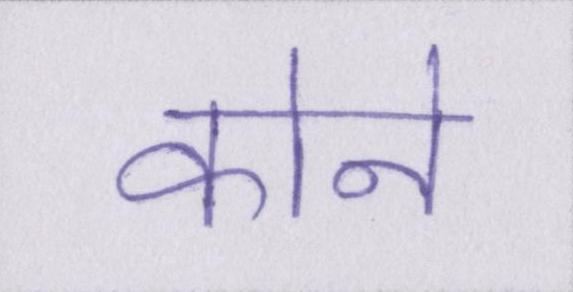
कोने